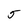
Character: 5